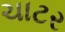
ચાટર